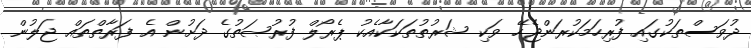
ދުވަސްތަކުގައި ފުރިހަމަކުރަންޖެހޭ ވަކި ޝަރުތުތަކަކާއެކު ޕެރޯލް ފުރުޞަތުގެ ދަށުން އެ ފަރާތްތައް ޖަލުން